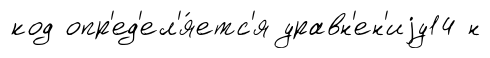
код опр'ед'ел'я́етс'я уравн'ен'иjу14 н